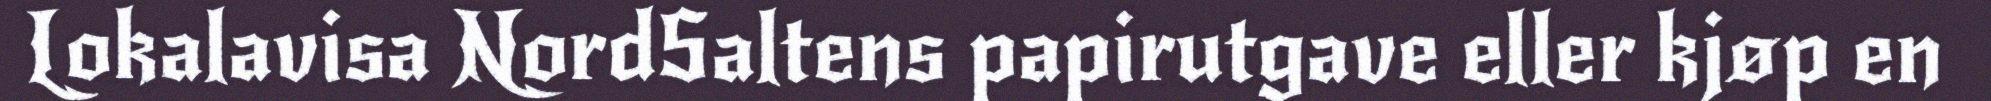
Lokalavisa NordSaltens papirutgave eller kjøp en